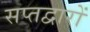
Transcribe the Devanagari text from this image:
सप्तद्वारों